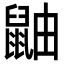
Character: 鼬